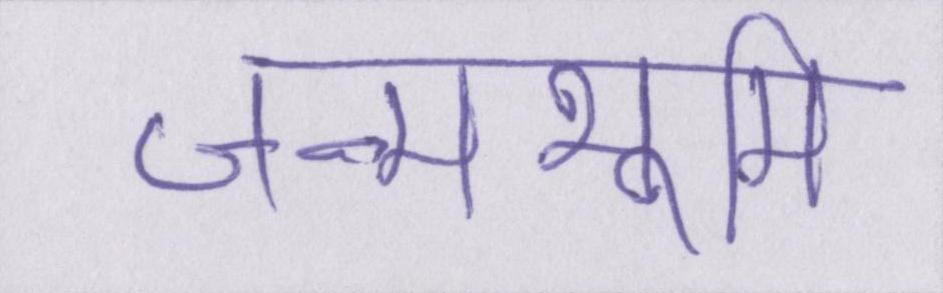
जन्मभूमि